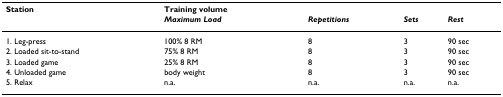
<table><thead><tr><td><b>Station</b></td><td><b>Training volume </b></td><td></td><td></td><td></td></tr><tr><td></td><td><b><i>Maximum Load</i></b></td><td><b><i>Repetitions</i></b></td><td><b><i>Sets</i></b></td><td><b><i>Rest</i></b></td></tr></thead><tbody><tr><td>1. Leg-press</td><td>100% 8 RM</td><td>8</td><td>3</td><td>90 sec</td></tr><tr><td>2. Loaded sit-to-stand</td><td>75% 8 RM</td><td>8</td><td>3</td><td>90 sec</td></tr><tr><td>3. Loaded game</td><td>25% 8 RM</td><td>8</td><td>3</td><td>90 sec</td></tr><tr><td>4. Unloaded game</td><td>body weight</td><td>8</td><td>3</td><td>90 sec</td></tr><tr><td>5. Relax</td><td>n.a.</td><td>n.a.</td><td>n.a.</td><td>n.a.</td></tr></tbody></table>